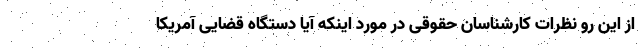
از این رو نظرات کارشناسان حقوقی در مورد اینکه آیا دستگاه قضایی آمریکا